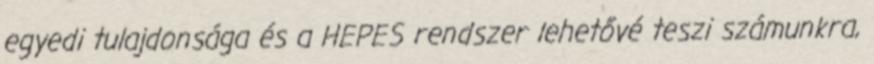
egyedi tulajdonsága és a HEPES rendszer lehetővé teszi számunkra,